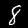
Label: 8